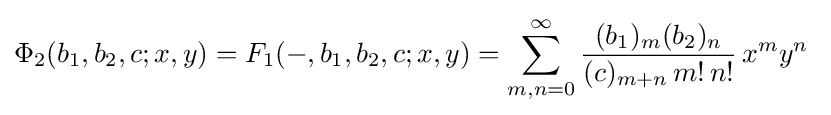
\Phi _{2}(b_{1},b_{2},c;x,y)=F_{1}(-,b_{1},b_{2},c;x,y)=\sum _{m,n=0}^{\infty }{\frac {(b_{1})_{m}(b_{2})_{n}}{(c)_{m+n}\,m!\,n!}}\,x^{m}y^{n}~